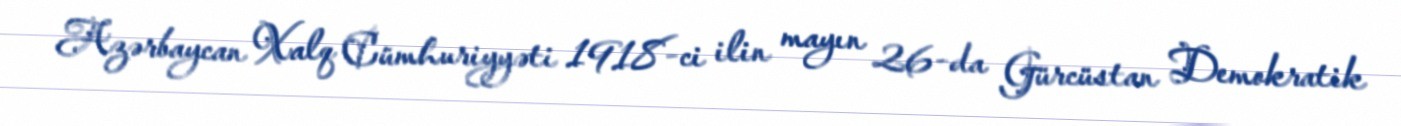
Azərbaycan Xalq Cümhuriyyəti 1918-ci ilin mayın 26-da Gürcüstan Demokratik